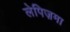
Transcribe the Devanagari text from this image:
लेपिज़मा